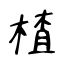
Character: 楂